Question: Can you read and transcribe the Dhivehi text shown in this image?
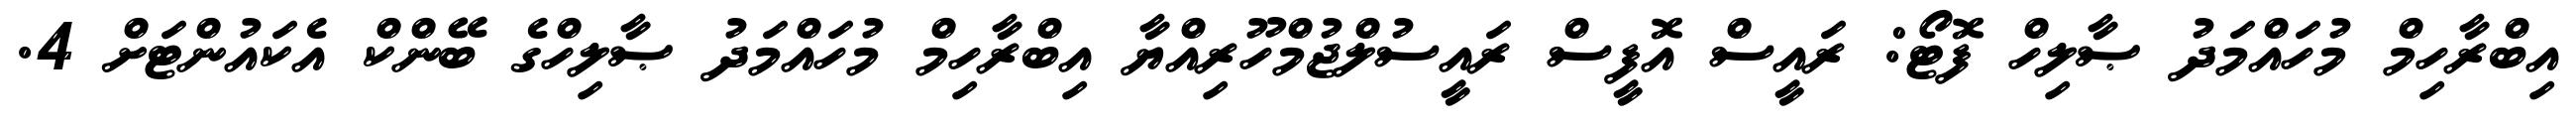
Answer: އިބްރާހިމް މުހައްމަދު ޞާލިހް ފޮޓޯ: ރައީސް އޮފީސް ރައީސުލްޖުމްހޫރިއްޔާ އިބްރާހިމް މުހައްމަދު ޞާލިހްގެ ބޭންކް އެކައުންޓަށް 4.